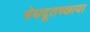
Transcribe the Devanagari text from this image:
मेघदूतच्छाया